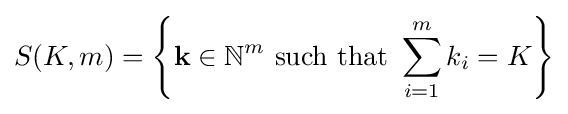
S(K,m)=\left\{\mathbf {k} \in \mathbb {N} ^{m}{\text{ such that }}\sum _{i=1}^{m}k_{i}=K\right\}